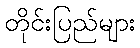
တိုင်းပြည်များ